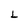
Character: L